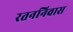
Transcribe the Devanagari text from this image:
रतननिवास